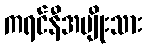
ကရင်နီအမျိုးသား